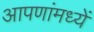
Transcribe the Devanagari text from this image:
आपणांमध्यें